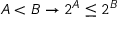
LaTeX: A < B \to 2 ^ { A } \leq 2 ^ { B }